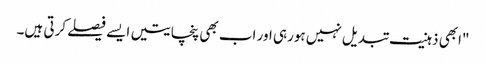
"ابھی ذہنیت تبدیل نہیں ہورہی اور اب بھی پنچایتیں ایسے فیصلے کرتی ہیں۔